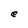
Character: e